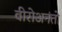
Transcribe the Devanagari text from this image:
वीरोअनंतो